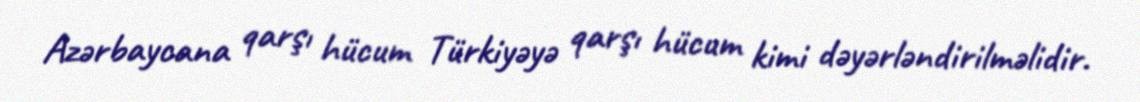
Azərbaycana qarşı hücum Türkiyəyə qarşı hücum kimi dəyərləndirilməlidir.